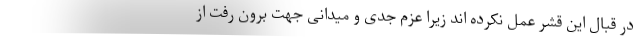
در قبال این قشر عمل نکرده اند زیرا عزم جدی و میدانی جهت برون رفت از